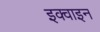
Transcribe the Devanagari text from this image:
इक्वाइन